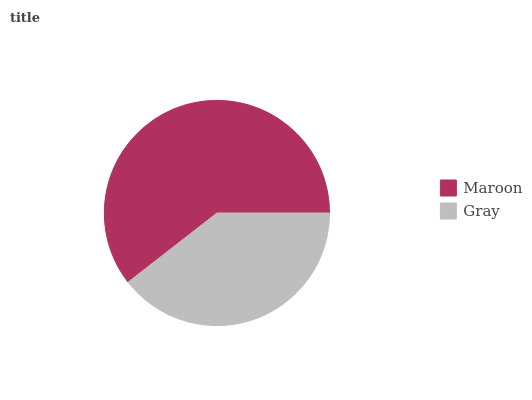
| Maroon | Gray |
 | --- | --- |
 | 60.5% | 39.5% |